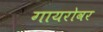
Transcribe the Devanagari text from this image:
गायरोवर